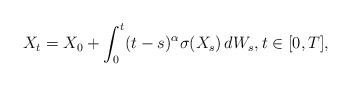
LaTeX: \begin{align*} X_t=X_0+\int^t_0 (t-s)^{\alpha} \sigma(X_s)\, dW_s, t\in[0,T],\end{align*}